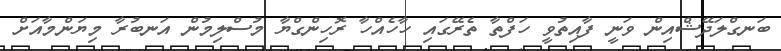
ބަނގްލަދޭޝްއިން ވަނީ ފާއިތުވީ ހަފްތާ ތެރޭގައި ހާހެއްހާ ރޮހިންގްޔާ މުސްލިމުން އަނބުރާ މިޔަންމާއަށް